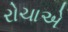
રોચાએ